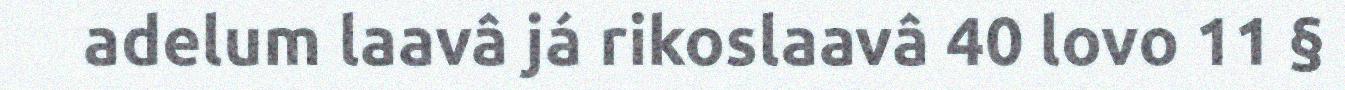
adelum laavâ já rikoslaavâ 40 lovo 11 §